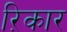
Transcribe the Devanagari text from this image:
ऱिकार